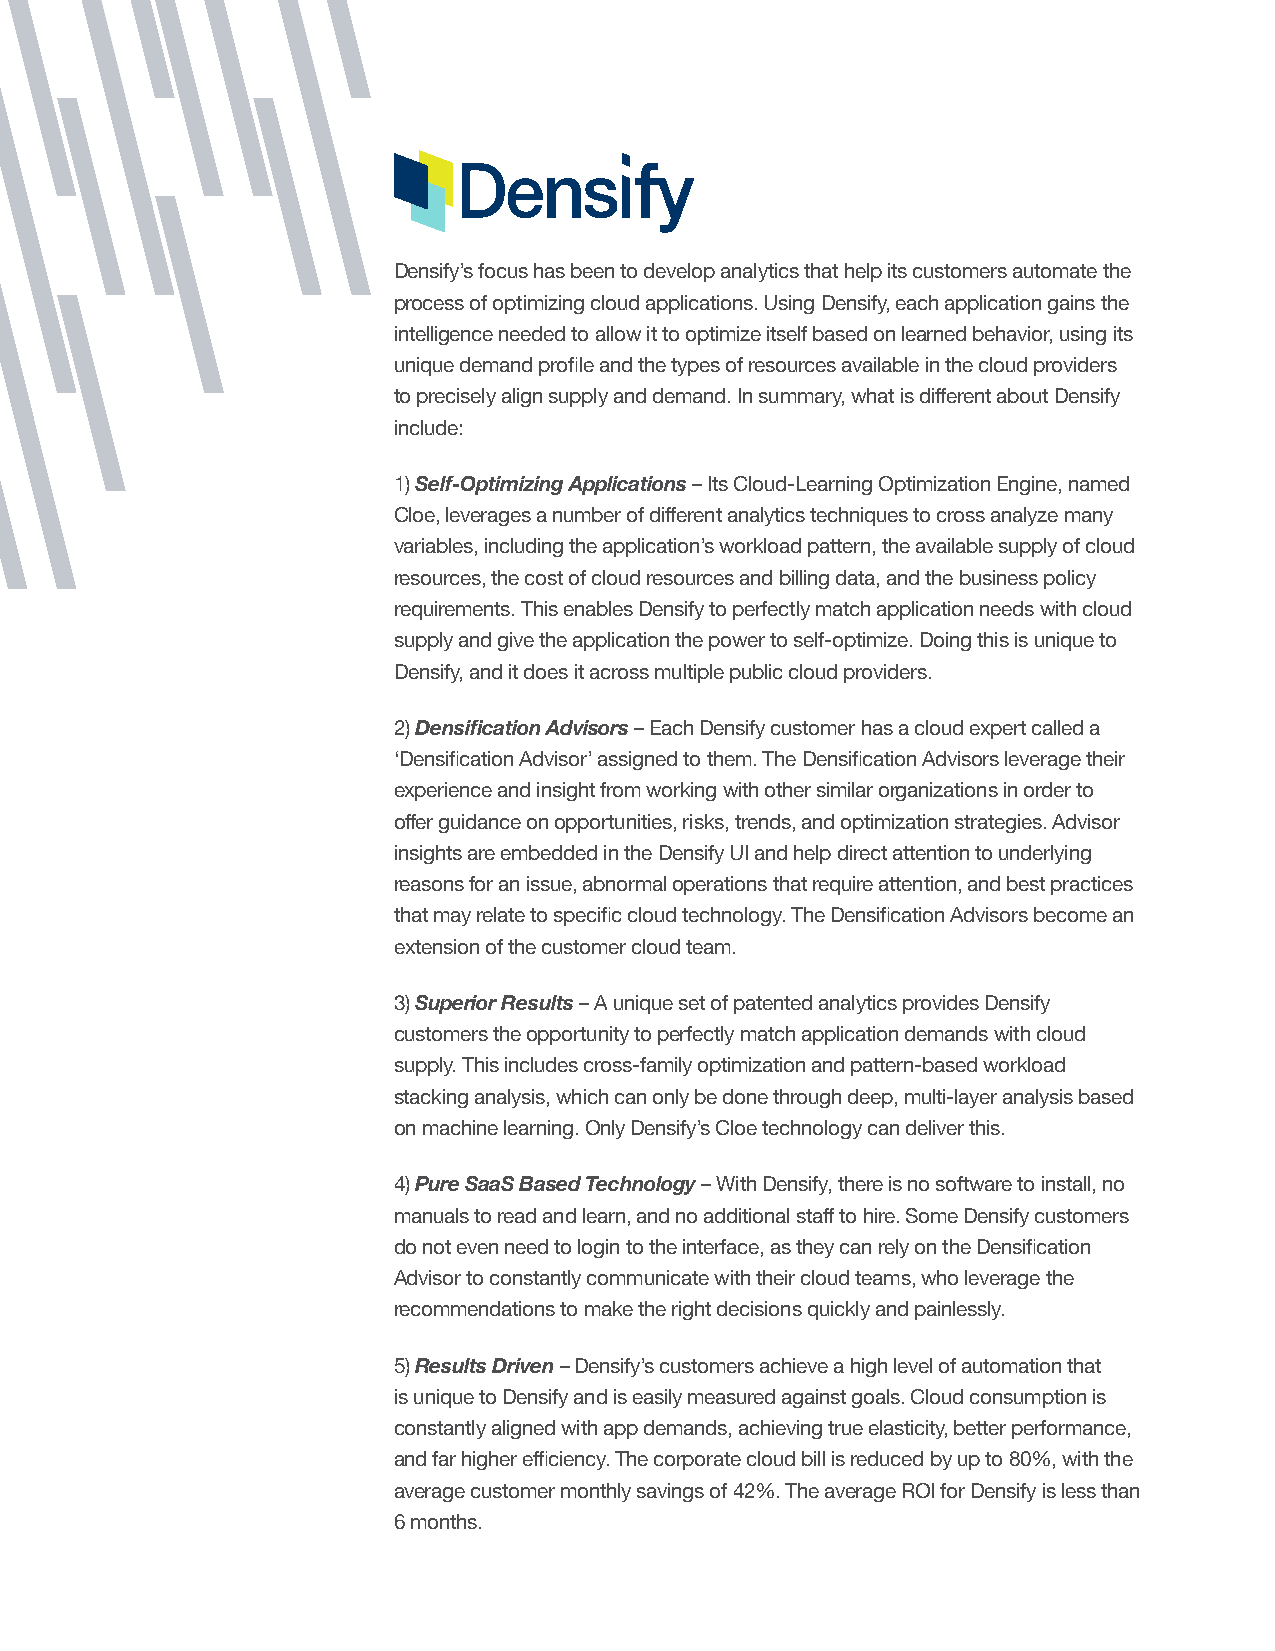
Densify’s focus has been to develop analytics that help its customers automate the
 process of optimizing cloud applications. Using Densify, each application gains the
 intelligence needed to allow it to optimize itself based on learned behavior, using its
 unique demand profile and the types of resources available in the cloud providers
 to precisely align supply and demand. In summary, what is different about Densify
 include:
 1) Self-Optimizing Applications – Its Cloud-Learning Optimization Engine, named
 Cloe, leverages a number of different analytics techniques to cross analyze many
 variables, including the application’s workload pattern, the available supply of cloud
 resources, the cost of cloud resources and billing data, and the business policy
 requirements. This enables Densify to perfectly match application needs with cloud
 supply and give the application the power to self-optimize. Doing this is unique to
 Densify, and it does it across multiple public cloud providers.
 2) Densification Advisors – Each Densify customer has a cloud expert called a
 ‘Densification Advisor’ assigned to them. The Densification Advisors leverage their
 experience and insight from working with other similar organizations in order to
 offer guidance on opportunities, risks, trends, and optimization strategies. Advisor
 insights are embedded in the Densify UI and help direct attention to underlying
 reasons for an issue, abnormal operations that require attention, and best practices
 that may relate to specific cloud technology. The Densification Advisors become an
 extension of the customer cloud team.
 3) Superior Results – A unique set of patented analytics provides Densify
 customers the opportunity to perfectly match application demands with cloud
 supply. This includes cross-family optimization and pattern-based workload
 stacking analysis, which can only be done through deep, multi-layer analysis based
 on machine learning. Only Densify’s Cloe technology can deliver this.
 4) Pure SaaS Based Technology – With Densify, there is no software to install, no
 manuals to read and learn, and no additional staff to hire. Some Densify customers
 do not even need to login to the interface, as they can rely on the Densification
 Advisor to constantly communicate with their cloud teams, who leverage the
 recommendations to make the right decisions quickly and painlessly.
 5) Results Driven – Densify’s customers achieve a high level of automation that
 is unique to Densify and is easily measured against goals. Cloud consumption is
 constantly aligned with app demands, achieving true elasticity, better performance,
 and far higher efficiency. The corporate cloud bill is reduced by up to 80%, with the
 average customer monthly savings of 42%. The average ROI for Densify is less than
 6 months.